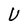
Character: U